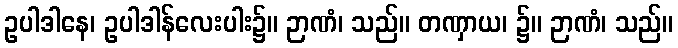
ဥပါဒါနေ၊ ဥပါဒါန်လေးပါး၌။ ဉာဏံ၊ သည်။ တဏှာယ၊ ၌။ ဉာဏံ၊ သည်။